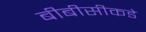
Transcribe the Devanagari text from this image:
बीबीसीकडे